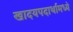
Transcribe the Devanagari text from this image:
खादयपदार्थामध्ये